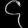
Digit: ၄